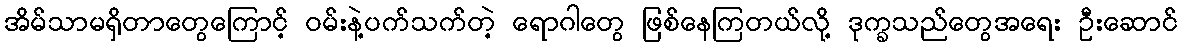
အိမ်သာမရှိတာတွေကြောင့် ဝမ်းနဲ့ပက်သက်တဲ့ ရောဂါတွေ ဖြစ်နေကြတယ်လို့ ဒုက္ခသည်တွေအရေး ဦးဆောင်